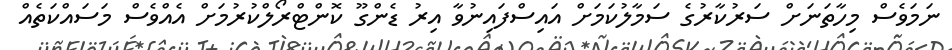
ނަމަވެސް މިހާތަނަށް ސަރުކާރުގެ ސަމާލުކަމަށް އައިސްފައިނުވާ އިރު ޑެންގޫ ކޮންޓްރޯލްކުރުމަށް އެއްވެސް މަސައްކަތެއް